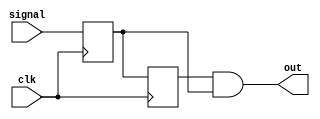
`timescale 1ns / 1ps
//////////////////////////////////////////////////////////////////////////////////
// Company: 
// Engineer: 
// 
// Design Name: 
// Module Name: Synchoniser
// Project Name: 
// Target Devices: 
// Tool Versions: 
// Description: 
// 
// Dependencies: 
// 
// Revision:
// Revision 0.01 - File Created
// Additional Comments:
// 
//////////////////////////////////////////////////////////////////////////////////


module Synchoniser(
    input signal,
    input clk,
    output out
    );
    reg a;
    reg b;
    initial
    begin 
        a = 0;
        b = 0;
    end
    
    always  @ (posedge clk)
    begin
        a <= signal;
        b <= a;
    end
    assign out = b && a;
endmodule